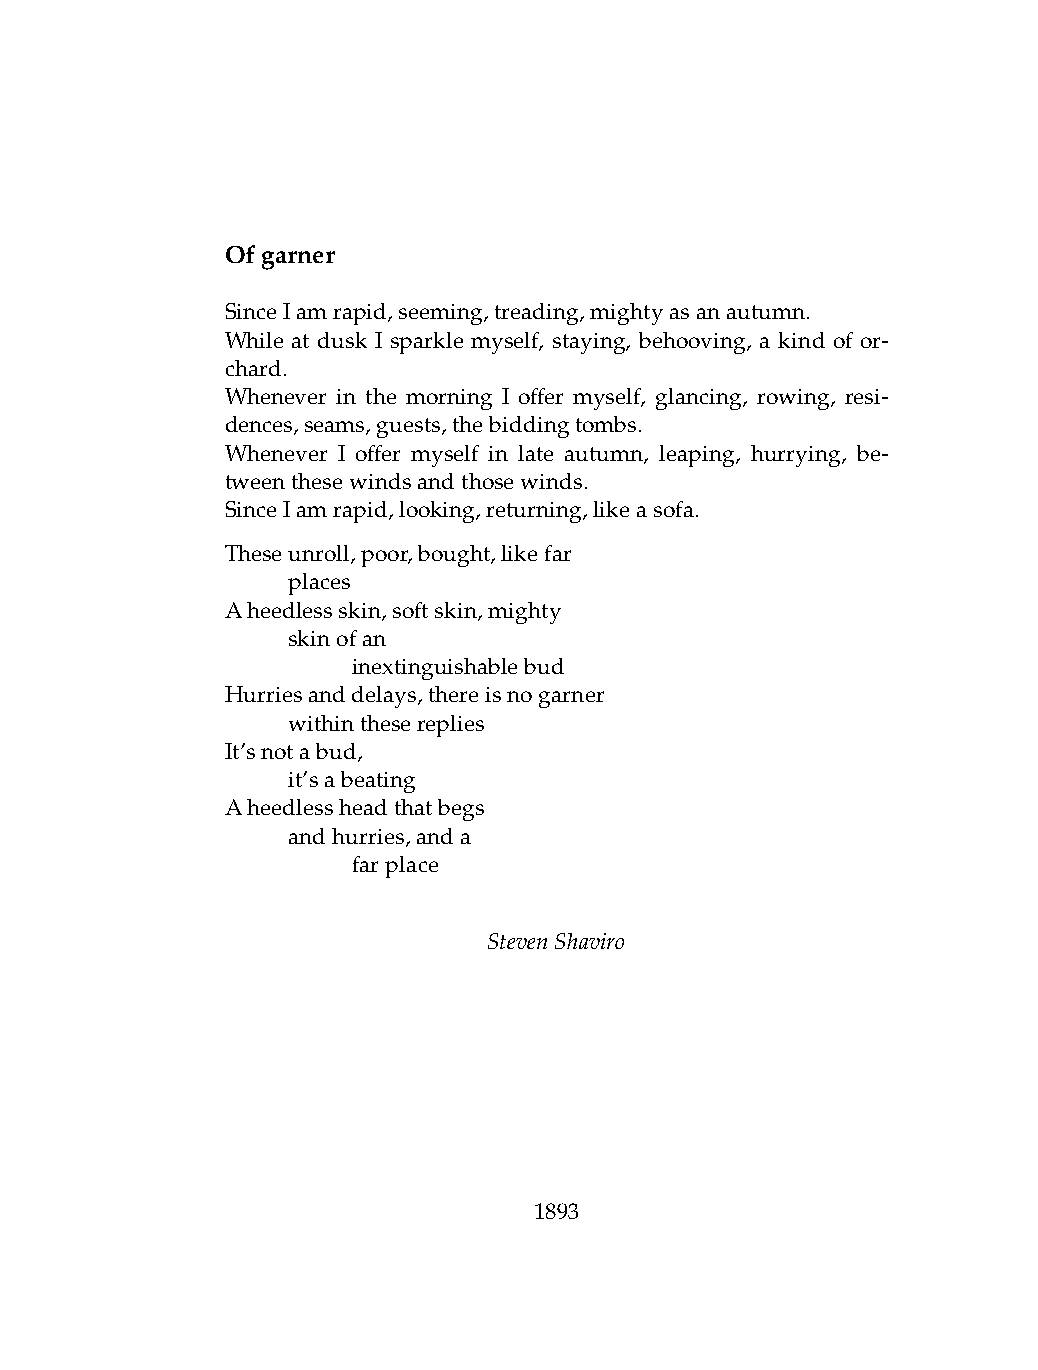
Ofgarner
 SinceIamrapid,seeming,treading,mightyasanautumn.
 While at dusk I sparkle myself, staying, behooving, a kind of or-
 chard.
 Whenever in the morning I offer myself, glancing, rowing, resi-
 dences,seams,guests,thebiddingtombs.
 Whenever I offer myself in late autumn, leaping, hurrying, be-
 tweenthesewindsandthosewinds.
 SinceIamrapid,looking,returning,likeasofa.
 Theseunroll,poor,bought,likefar
 .   places
 Aheedlessskin,softskin,mighty
 .   skinofan
 .   .   inextinguishablebud
 Hurriesanddelays,thereisnogarner
 .   withinthesereplies
 It’snotabud,
 .   it’sabeating
 Aheedlessheadthatbegs
 .   andhurries,anda
 .   .   farplace
 StevenShaviro
 1893